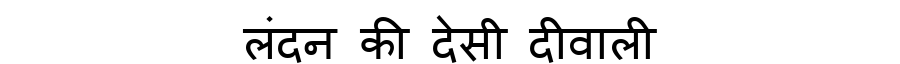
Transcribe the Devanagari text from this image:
लंदन की देसी दीवाली